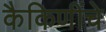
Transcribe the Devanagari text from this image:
कैकिणींचे